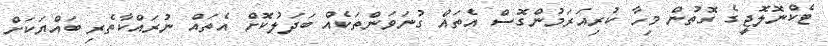
ޓެކްނޮލޮޖީގެ ގޮތުން މިހާ ކުރިއަރަމުންގޮސް އެތައް ގުނަވަންތަކެއް ބަދަލުކޮށް އެތައް ނުރައްކާތެރި ބައްޔަކަށް